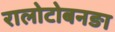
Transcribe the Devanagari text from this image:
रालोटोबनङा